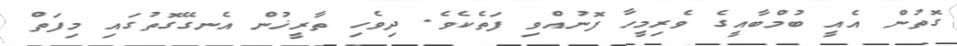
ގޮތުން އެއީ ބުމްބާއީގެ ވެރިމީހާ ފޮނުއްވި ފަތެކެވެ. ދިވެހި ތާރީޚުން އެނގޭގޮތުގައި މިފަތް